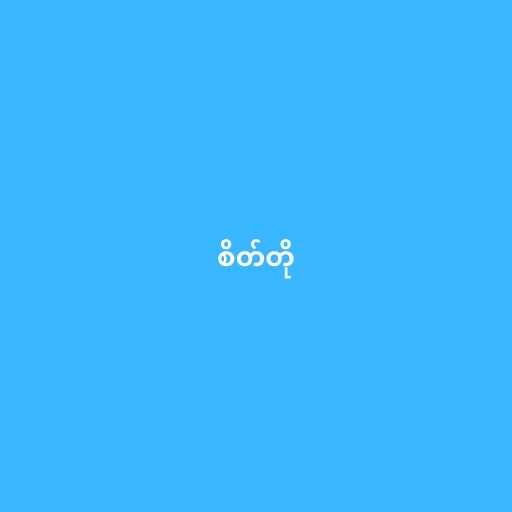
စိတ်တို